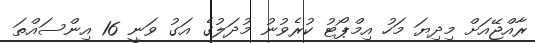
ރާއްޖޭއަށް މިދިޔަ މަހު އިމްޕޯޓު ކުރެވުނު މުދަލުގެ އަގު ވަނީ 16 އިންސައްތަ